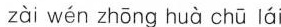
zài wén zhōng huà chū lái